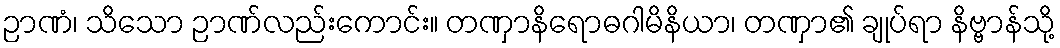
ဉာဏံ၊ သိသော ဉာဏ်လည်းကောင်း။ တဏှာနိရောဓဂါမိနိယာ၊ တဏှာ၏ ချုပ်ရာ နိဗ္ဗာန်သို့